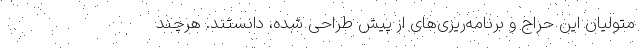
متولیان این حراج و برنامه‌ریزی‌های از پیش طراحی شده، دانستند. هرچند